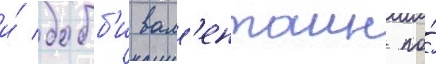
и́ бобб'и вал'ентаин по́